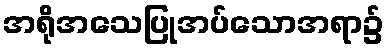
အရိုအသေပြုအပ်သောအရာ၌